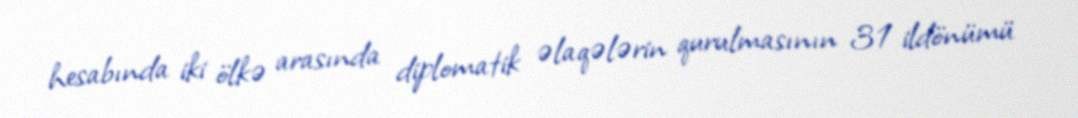
hesabında iki ölkə arasında diplomatik əlaqələrin qurulmasının 31 ildönümü